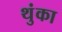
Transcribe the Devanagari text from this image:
थुंका